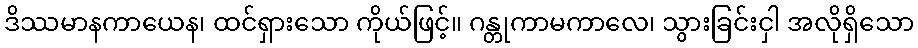
ဒိဿမာနကာယေန၊ ထင်ရှားသော ကိုယ်ဖြင့်။ ဂန္တုကာမကာလေ၊ သွားခြင်းငှါ အလိုရှိသော